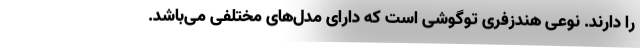
را دارند. نوعی هندزفری توگوشی است که دارای مدل‌های مختلفی می‌باشد.